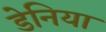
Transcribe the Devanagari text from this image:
डेनिया